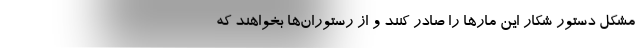
مشکل دستور شکار این مارها را صادر کنند و از رستوران‌ها بخواهند که